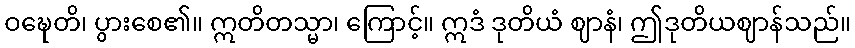
ဝဍ္ဎေတိ၊ ပွားစေ၏။ ဣတိတသ္မာ၊ ကြောင့်။ ဣဒံ ဒုတိယံ ဈာနံ၊ ဤဒုတိယဈာန်သည်။